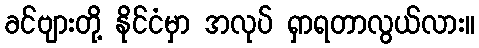
ခင်ဗျားတို့ နိုင်ငံမှာ အလုပ် ရှာရတာလွယ်လား။